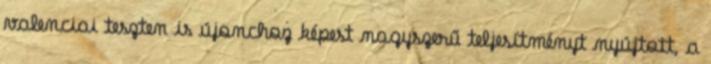
valenciai teszten is újonchoz képest nagyszerű teljesítményt nyújtott, a